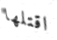
اقتلها